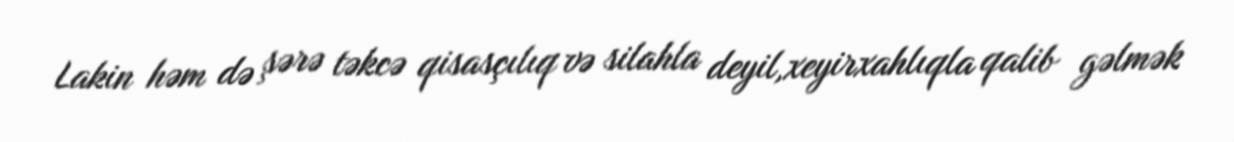
Lakin həm də şərə təkcə qisasçılıq və silahla deyil,xeyirxahlıqla qalib gəlmək